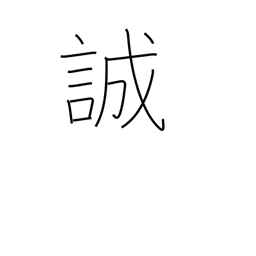
Meaning: warn